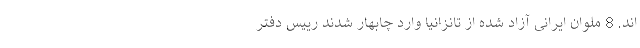
اند. 8 ملوان ایرانی آزاد شده از تانزانیا وارد چابهار شدند رییس دفتر